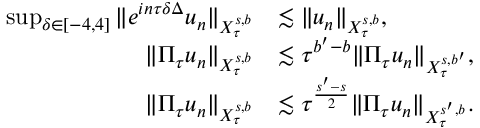
\begin{array} { r l } { \operatorname* { s u p } _ { \delta \in [ - 4 , 4 ] } \Vert e ^ { i n \tau \delta \Delta } u _ { n } \Vert _ { X _ { \tau } ^ { s , b } } } & { \lesssim \Vert u _ { n } \Vert _ { X _ { \tau } ^ { s , b } } , } \\ { \Vert \Pi _ { \tau } u _ { n } \Vert _ { X _ { \tau } ^ { s , b } } } & { \lesssim \tau ^ { b ^ { \prime } - b } \Vert \Pi _ { \tau } u _ { n } \Vert _ { X _ { \tau } ^ { s , b ^ { \prime } } } , } \\ { \Vert \Pi _ { \tau } u _ { n } \Vert _ { X _ { \tau } ^ { s , b } } } & { \lesssim \tau ^ { \frac { s ^ { \prime } - s } { 2 } } \Vert \Pi _ { \tau } u _ { n } \Vert _ { X _ { \tau } ^ { s ^ { \prime } , b } } . } \end{array}